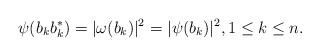
LaTeX: \begin{align*}\psi(b_k b_k^*)=|\omega(b_k)|^2=|\psi(b_k)|^2, 1\leq k\leq n.\end{align*}